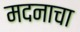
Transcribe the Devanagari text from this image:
मदनाचा